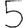
Digit: 5